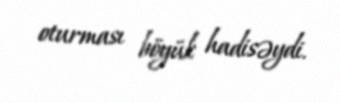
oturması böyük hadisəydi.